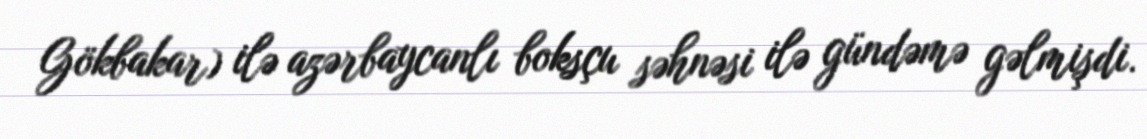
Gökbakar) ilə azərbaycanlı boksçu səhnəsi ilə gündəmə gəlmişdi.